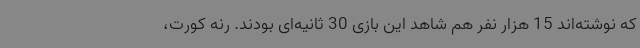
که نوشته‌اند 15 هزار نفر هم شاهد این بازی 30 ثانیه‌ای بودند. رنه کورت،